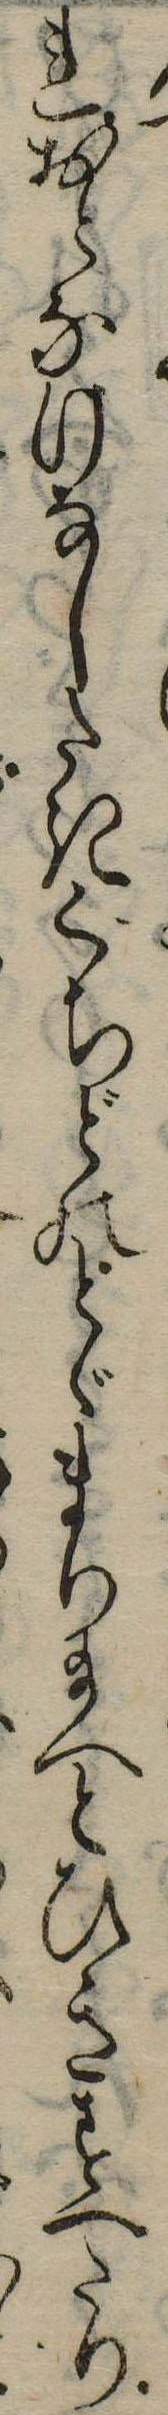
れおとなけなしたきぐちどのとゞまり給へとひきすへたり